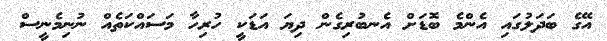
އޭގެ ބަދަލުގައި އެންމެ ބޮޑަށް އެނބުރިގެން ދިޔަ އަޑަކީ ހުރިހާ މަސައްކަތެއް ނުނިމެނީސް